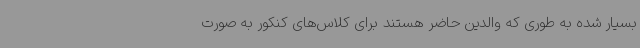
بسیار شده به‌ طوری که والدین حاضر هستند برای کلاس‌های کنکور به‌ صورت